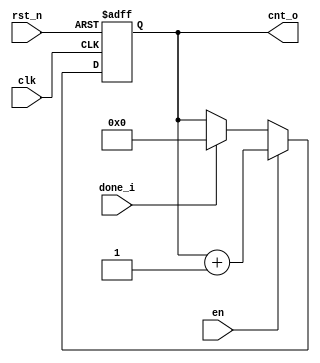

module Counter #(
    // parameter
    parameter CNT_WIDTH = 7 // we purpose addr 100(2^7 = 128)
    )
    (

    // special input
    input clk,
    input rst_n,
    input done_i,
    
    // control input
    input en,
    
    // output
    output [CNT_WIDTH-1:0] cnt_o
    );
    
    // Local param
    
    // declare reg type variable(cnt -> flipflop, cnt_n -> comb)
    reg [CNT_WIDTH-1:0] cnt, cnt_n;
    
    
    // 1. counter seq logic
    always @(posedge clk, negedge rst_n) begin
        if (!rst_n) begin
            cnt <= {(CNT_WIDTH){1'b0}};
        end else begin
            cnt <= cnt_n;
        end
    end
    
    // 2. counter comb logic
    always @(*) begin
        cnt_n = cnt;    // prevent latch
        if (en) begin
            cnt_n = cnt + 'd1;
        end else if (done_i) begin
            cnt_n = {(CNT_WIDTH){1'b0}};
        end
    end
    
    // 3. output assign statement
    assign cnt_o = cnt;
    
endmodule